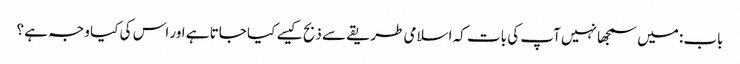
باب: میں سمجھا نہیں آپ کی بات کہ اسلامی طریقے سے ذبح کیسے کیا جاتا ہے اور اس کی کیا وجہ ہے ؟